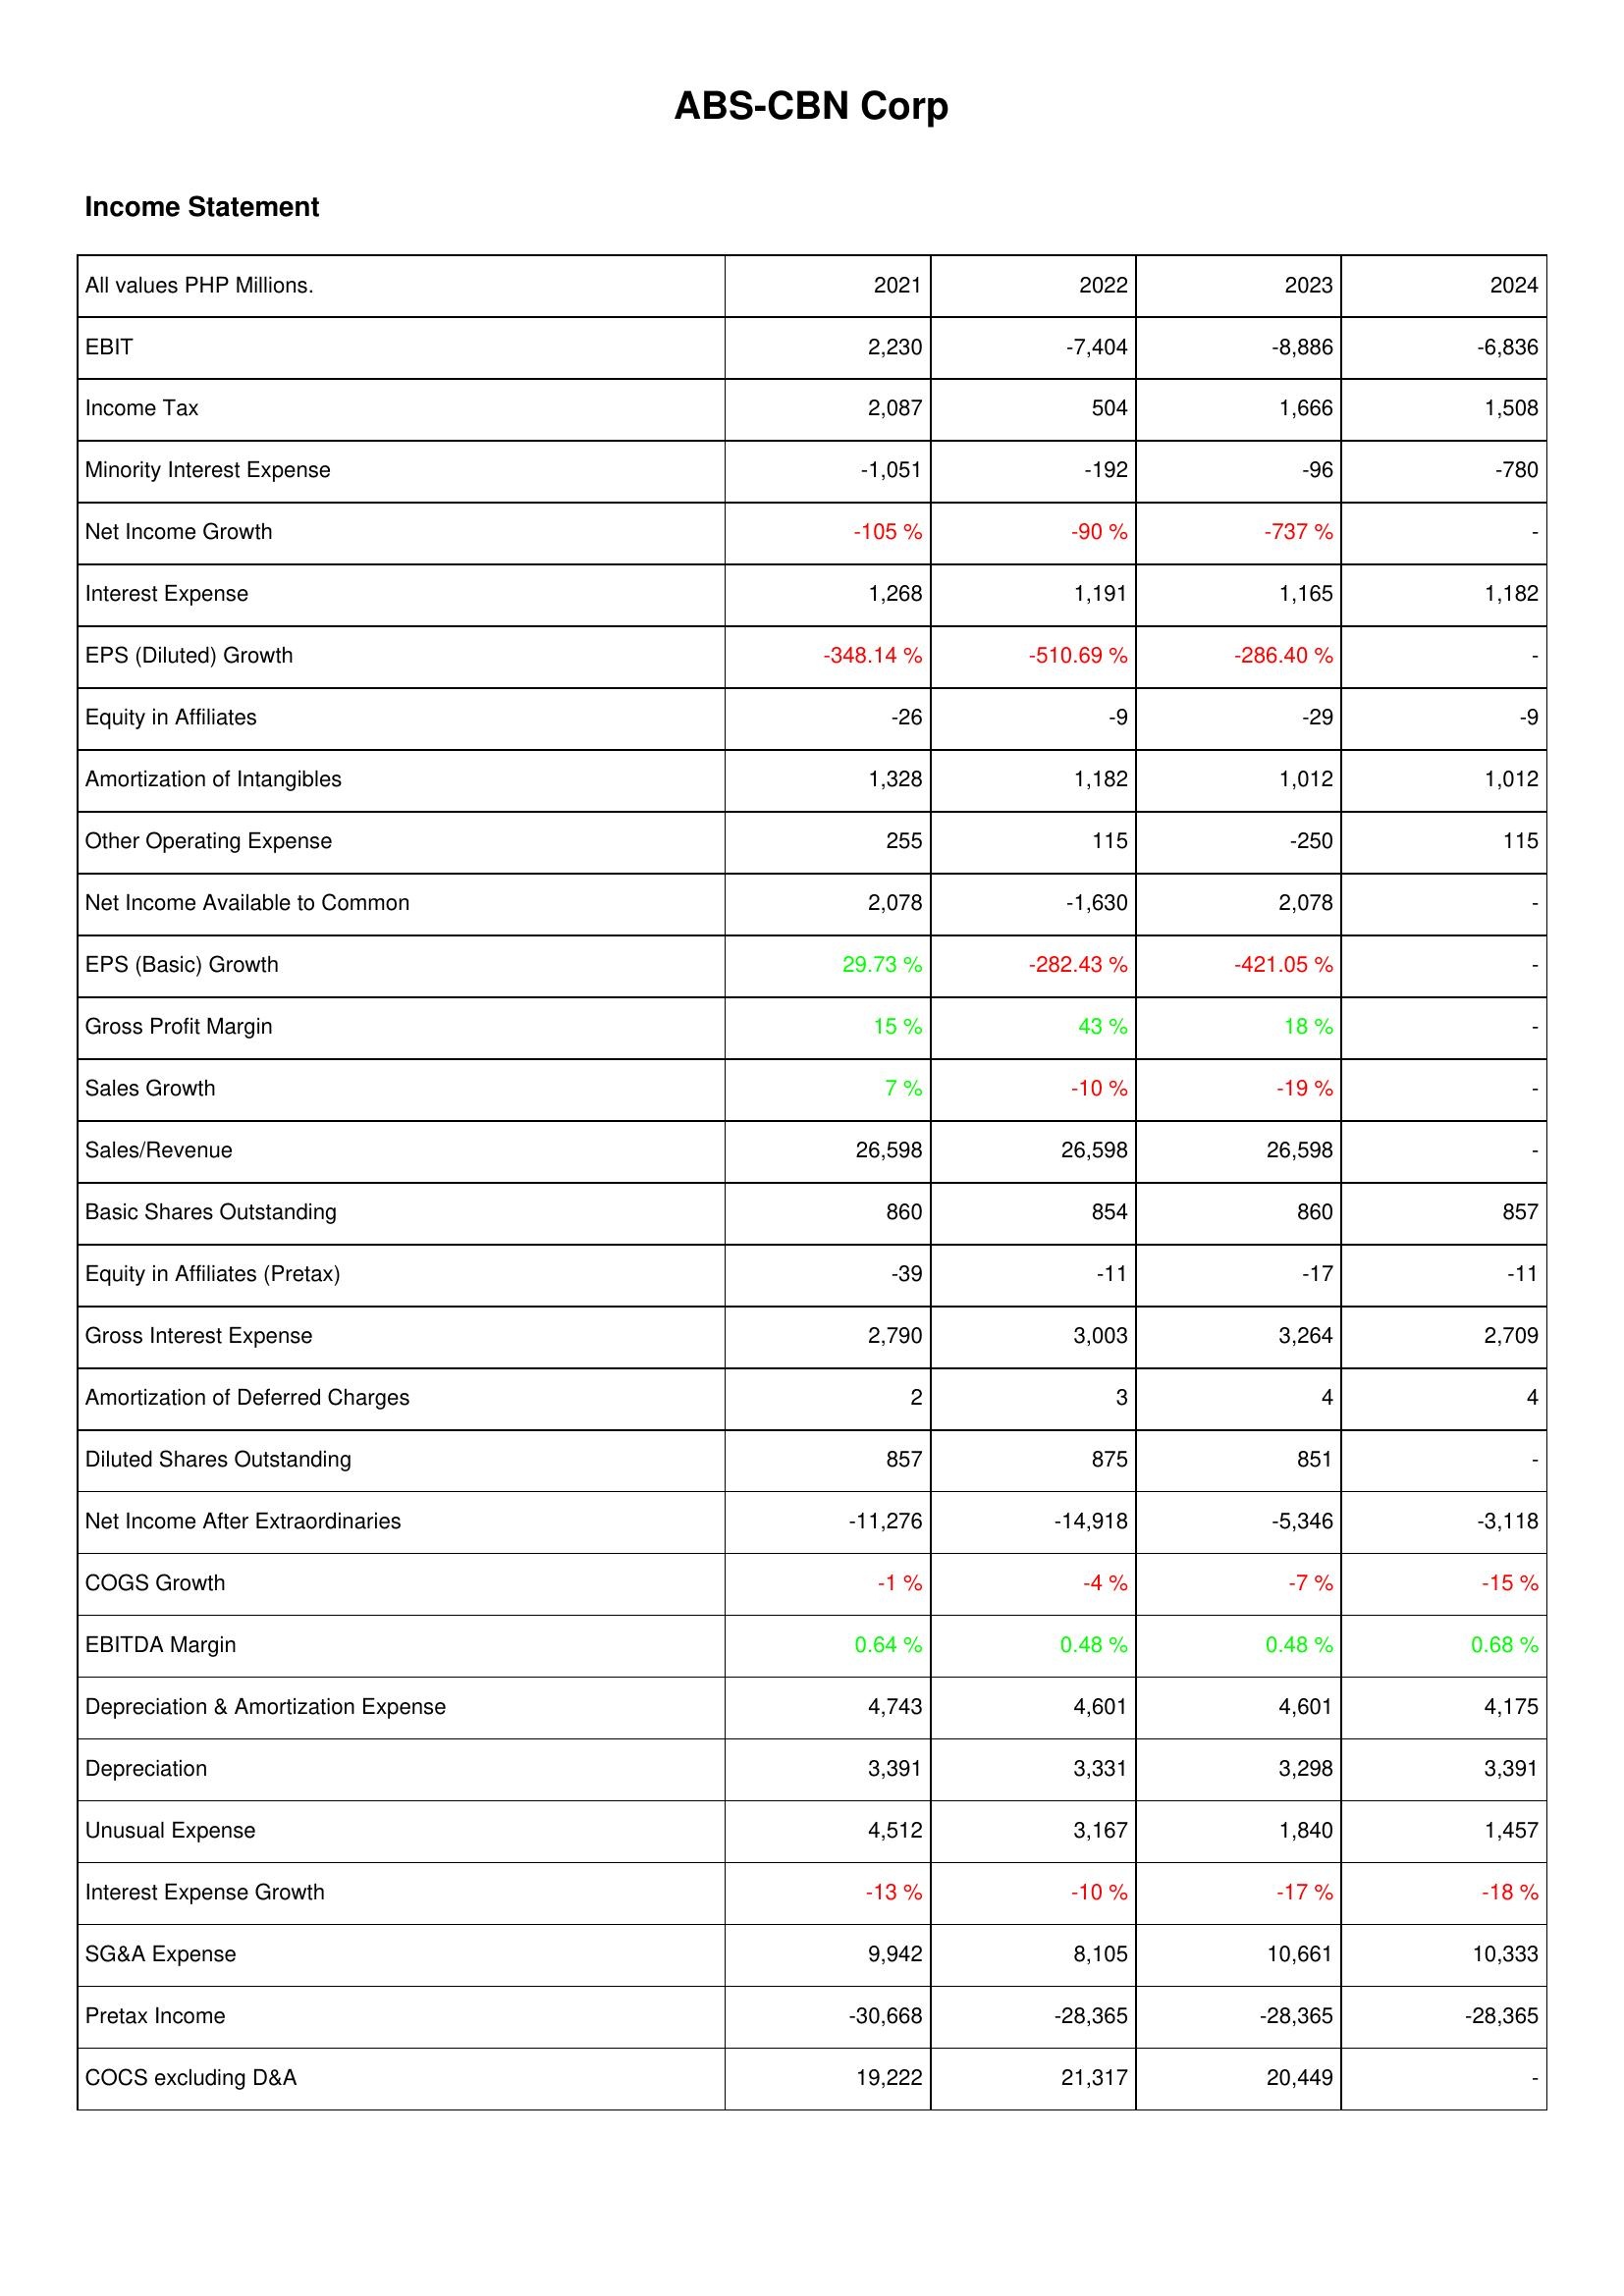
2021: Income Statement: EBIT: 2,230
Income Tax: 2,087
Minority Interest Expense: -1,051
Net Income Growth: -105 %
Interest Expense: 1,268
EPS (Diluted) Growth: -348.14 %
Equity in Affiliates: -26
Amortization of Intangibles: 1,328
Other Operating Expense: 255
Net Income Available to Common: 2,078
EPS (Basic) Growth: 29.73 %
Gross Profit Margin: 15 %
Sales Growth: 7 %
Sales/Revenue: 26,598
Basic Shares Outstanding: 860
Equity in Affiliates (Pretax): -39
Gross Interest Expense: 2,790
Amortization of Deferred Charges: 2
Diluted Shares Outstanding: 857
Net Income After Extraordinaries: -11,276
COGS Growth: -1 %
EBITDA Margin: 0.64 %
Depreciation & Amortization Expense: 4,743
Depreciation: 3,391
Unusual Expense: 4,512
Interest Expense Growth: -13 %
SG&A Expense: 9,942
Pretax Income: -30,668
COCS excluding D&A: 19,222
2022: Income Statement: EBIT: -7,404
Income Tax: 504
Minority Interest Expense: -192
Net Income Growth: -90 %
Interest Expense: 1,191
EPS (Diluted) Growth: -510.69 %
Equity in Affiliates: -9
Amortization of Intangibles: 1,182
Other Operating Expense: 115
Net Income Available to Common: -1,630
EPS (Basic) Growth: -282.43 %
Gross Profit Margin: 43 %
Sales Growth: -10 %
Sales/Revenue: 26,598
Basic Shares Outstanding: 854
Equity in Affiliates (Pretax): -11
Gross Interest Expense: 3,003
Amortization of Deferred Charges: 3
Diluted Shares Outstanding: 875
Net Income After Extraordinaries: -14,918
COGS Growth: -4 %
EBITDA Margin: 0.48 %
Depreciation & Amortization Expense: 4,601
Depreciation: 3,331
Unusual Expense: 3,167
Interest Expense Growth: -10 %
SG&A Expense: 8,105
Pretax Income: -28,365
COCS excluding D&A: 21,317
2023: Income Statement: EBIT: -8,886
Income Tax: 1,666
Minority Interest Expense: -96
Net Income Growth: -737 %
Interest Expense: 1,165
EPS (Diluted) Growth: -286.40 %
Equity in Affiliates: -29
Amortization of Intangibles: 1,012
Other Operating Expense: -250
Net Income Available to Common: 2,078
EPS (Basic) Growth: -421.05 %
Gross Profit Margin: 18 %
Sales Growth: -19 %
Sales/Revenue: 26,598
Basic Shares Outstanding: 860
Equity in Affiliates (Pretax): -17
Gross Interest Expense: 3,264
Amortization of Deferred Charges: 4
Diluted Shares Outstanding: 851
Net Income After Extraordinaries: -5,346
COGS Growth: -7 %
EBITDA Margin: 0.48 %
Depreciation & Amortization Expense: 4,601
Depreciation: 3,298
Unusual Expense: 1,840
Interest Expense Growth: -17 %
SG&A Expense: 10,661
Pretax Income: -28,365
COCS excluding D&A: 20,449
2024: Income Statement: EBIT: -6,836
Income Tax: 1,508
Minority Interest Expense: -780
Net Income Growth: -
Interest Expense: 1,182
EPS (Diluted) Growth: -
Equity in Affiliates: -9
Amortization of Intangibles: 1,012
Other Operating Expense: 115
Net Income Available to Common: -
EPS (Basic) Growth: -
Gross Profit Margin: -
Sales Growth: -
Sales/Revenue: -
Basic Shares Outstanding: 857
Equity in Affiliates (Pretax): -11
Gross Interest Expense: 2,709
Amortization of Deferred Charges: 4
Diluted Shares Outstanding: -
Net Income After Extraordinaries: -3,118
COGS Growth: -15 %
EBITDA Margin: 0.68 %
Depreciation & Amortization Expense: 4,175
Depreciation: 3,391
Unusual Expense: 1,457
Interest Expense Growth: -18 %
SG&A Expense: 10,333
Pretax Income: -28,365
COCS excluding D&A: -